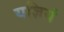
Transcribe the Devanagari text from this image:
यज्ञियं